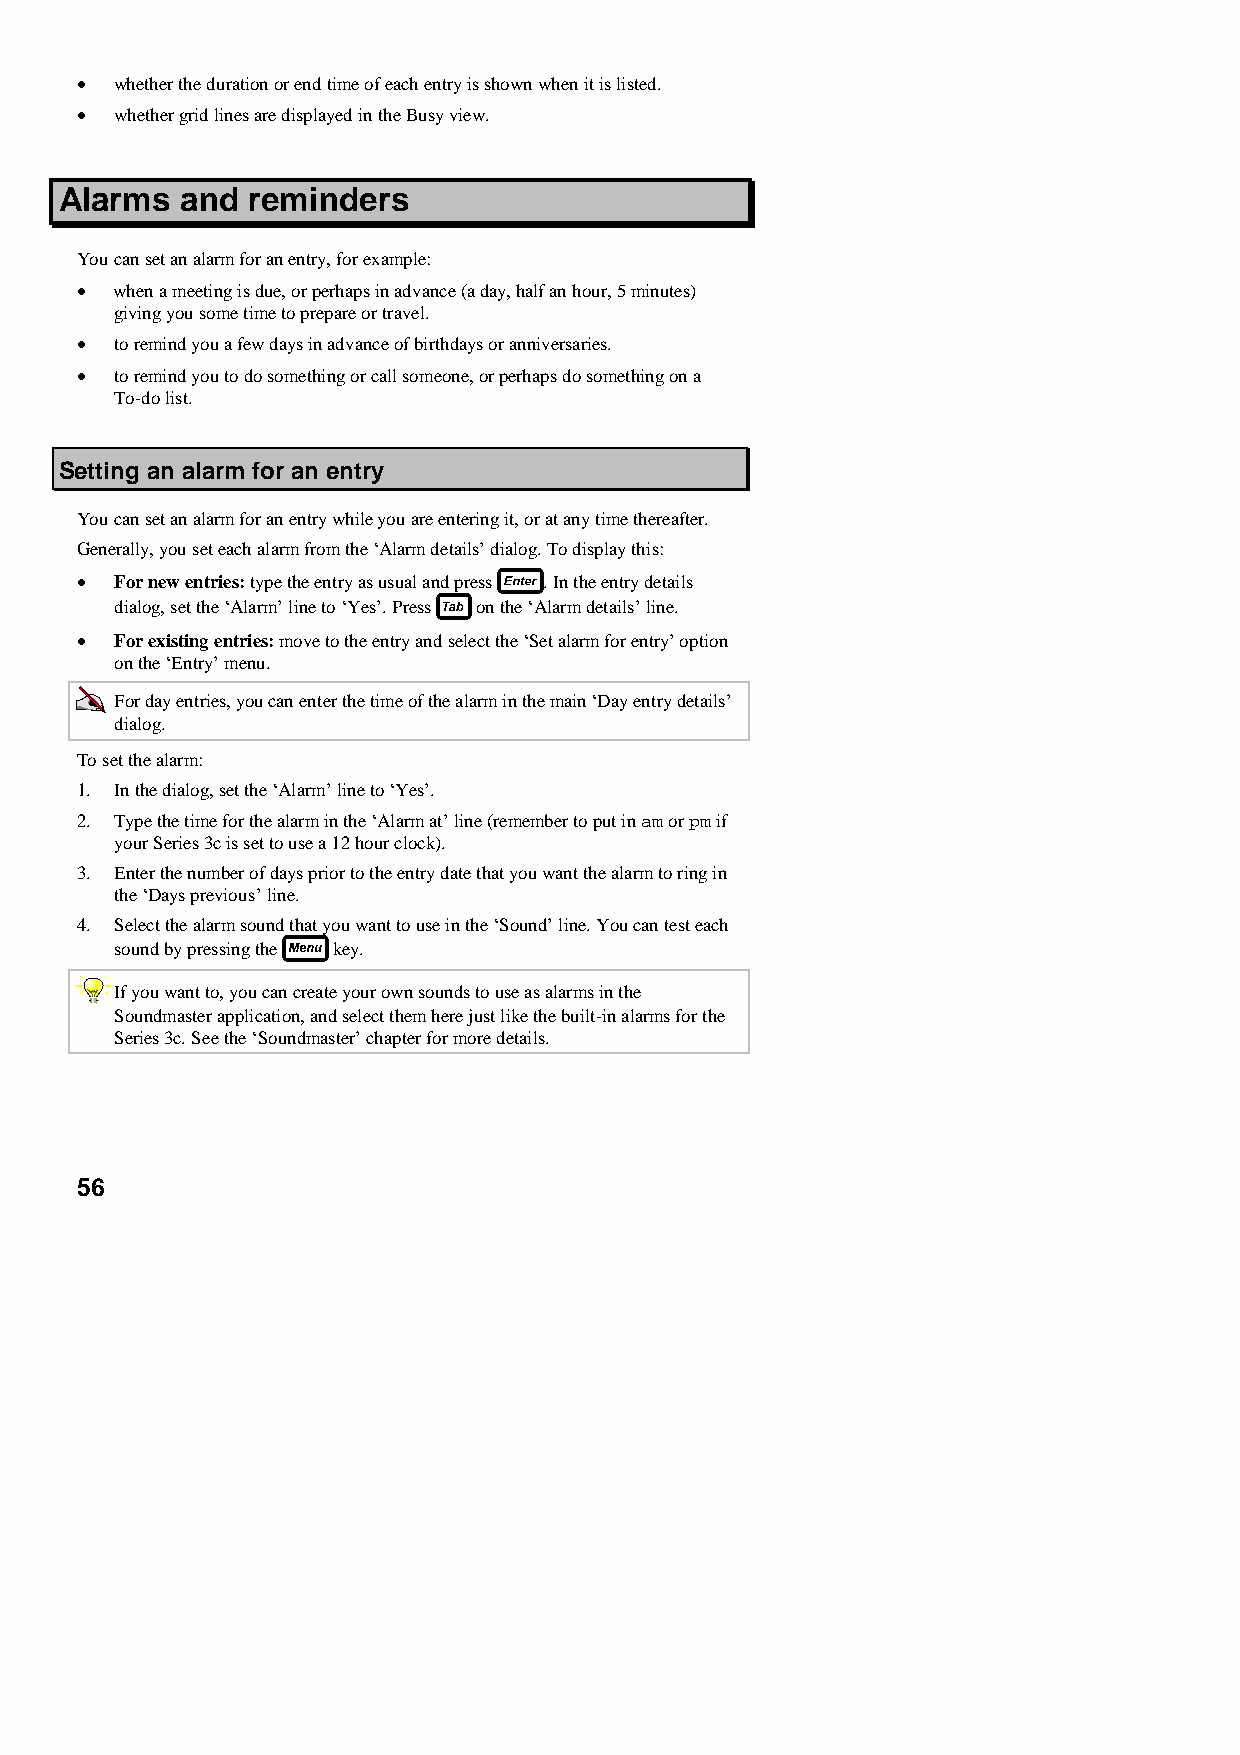
•  whether the duration or end time of each entry is shown when it is listed.
 •  whether grid lines are displayed in the Busy view.
 Alarms  and reminders
 You can set an alarm for an entry, for example:
 •  when a meeting is due, or perhaps in advance (a day, half an hour, 5 minutes)
 giving you some time to prepare or travel.
 •  to remind you a few days in advance of birthdays or anniversaries.
 •  to remind you to do something or call someone, or perhaps do something on a
 To-do list.
 Setting an alarm for an entry
 You can set an alarm for an entry while you are entering it, or at any time thereafter.
 Generally, you set each alarm from the ‘Alarm details’ dialog. To display this:
 •  For new entries: type the entry as usual and press . In the entry details
 dialog, set the ‘Alarm’ line to ‘Yes’. Press on the ‘Alarm details’ line.
 •  For existing entries: move to the entry and select the ‘Set alarm for entry’ option
 on the ‘Entry’ menu.
 For day entries, you can enter the time of the alarm in the main ‘Day entry details’
 dialog.
 To set the alarm:
 1. In the dialog, set the ‘Alarm’ line to ‘Yes’.
 2. Type the time for the alarm in the ‘Alarm at’ line (remember to put in am or pm if
 your Series 3c is set to use a 12 hour clock).
 3. Enter the number of days prior to the entry date that you want the alarm to ring in
 the ‘Days previous’ line.
 4. Select the alarm sound that you want to use in the ‘Sound’ line. You can test each
 sound by pressing the key.
 If you want to, you can create your own sounds to use as alarms in the
 Soundmaster application, and select them here just like the built-in alarms for the
 Series 3c. See the ‘Soundmaster’ chapter for more details.
 56